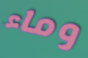
وماء